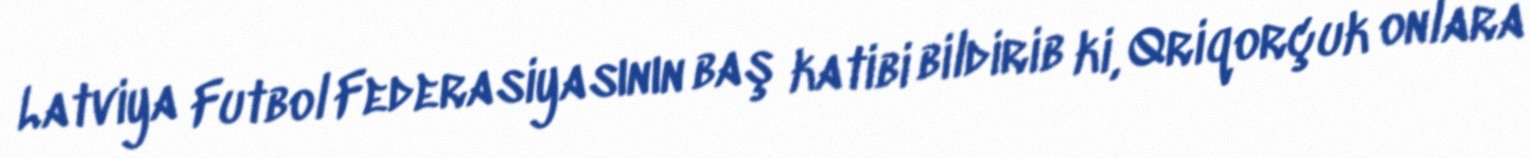
Latviya Futbol Federasiyasının baş katibi bildirib ki, Qriqorçuk onlara